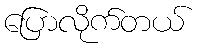
ပြောလိုက်တယ်